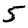
Digit: 5